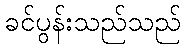
ခင်ပွန်းသည်သည်